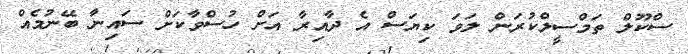
ސްކޫލް ތަމްސީލްކުރަން ލަވަ ކިޔަސް އެ ދާއިރާ އަށް ހުސްވާކަށް ސައިނާ ބޭނުމެއް